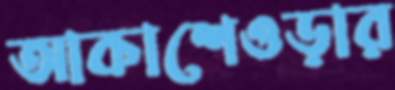
আকাশেওড়ার